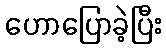
ဟောပြောခဲ့ပြီး